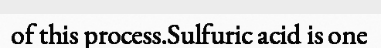
of this process.Sulfuric acid is one